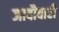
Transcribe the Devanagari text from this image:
जादौबारी